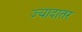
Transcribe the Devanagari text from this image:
ज्‍़यादातर